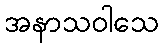
အနာသဝါသေ